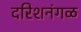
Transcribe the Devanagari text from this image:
दरिशनंगळ